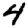
Digit: 4